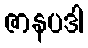
ဇာနပဒါ